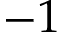
- 1